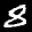
Label: 8